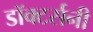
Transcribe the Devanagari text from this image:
डॉक्टर्सनी